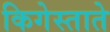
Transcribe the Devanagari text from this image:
किगेस्ताते